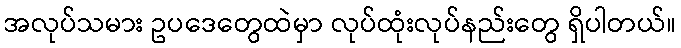
အလုပ်သမား ဥပဒေတွေထဲမှာ လုပ်ထုံးလုပ်နည်းတွေ ရှိပါတယ်။